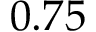
0 . 7 5